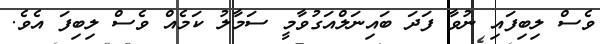
ވެސް ލިބިފައި ނުވާ ފަދަ ބައިނަލްއަގުވާމީ ސަމާލު ކަމެއް ވެސް ލިބިފަ އެވެ.